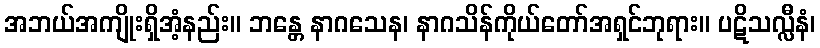
အဘယ်အကျိုးရှိအံ့နည်း။ ဘန္တေ နာဂသေန၊ နာဂသိန်ကိုယ်တော်အရှင်ဘုရား။ ပဋိသလ္လီနံ၊